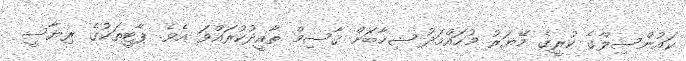
ކައުންސިލްގެ ކުރީގެ މޭޔަރު މުހައްމަދު ޝިހާބަށް ޤާސިމް ތާއީދުކުރައްވަ އެވެ. ޕާޓީތަކުގެ ރިޔާސީ